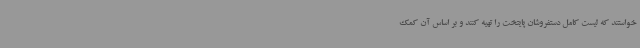
خواستند که لیست کامل دستفروشان پایتخت را تهیه کنند و بر اساس آن کمک